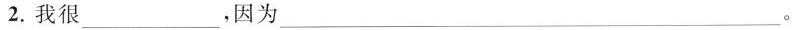
2.我很___，因为___ 。